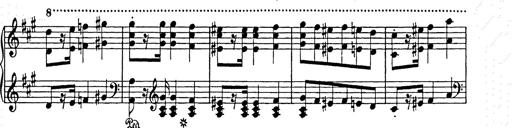
Title: Weihnachtsbaum
Composer: Franz Liszt